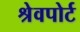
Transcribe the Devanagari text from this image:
श्रेवपोर्ट